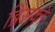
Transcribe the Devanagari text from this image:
ब्रिसको